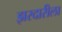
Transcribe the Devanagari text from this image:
झरदारीला